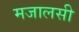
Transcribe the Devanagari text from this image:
मजालसी